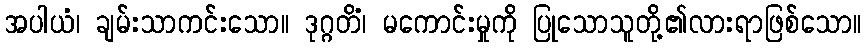
အပါယံ၊ ချမ်းသာကင်းသော။ ဒုဂ္ဂတိံ၊ မကောင်းမှုကို ပြုသောသူတို့၏လားရာဖြစ်သော။